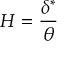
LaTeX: H = { \frac { \delta ^ { * } } { \theta } }